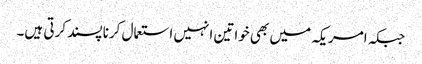
جبکہ امریکہ میں بھی خواتین انہیں استعمال کرنا پسند کرتی ہیں۔